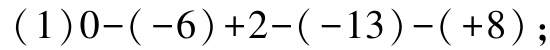
\((1)0-(-6)+2-(-13)-(+8);\)